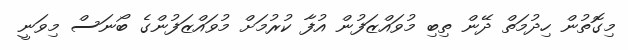
މިގޮތުން ހިދުމަތް ދޭން ތިބި މުވައްޒަފުން އުފާ ކުރުމަށް މުވައްޒަފުންގެ ބޯނަސް މިވަނީ